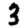
Digit: 3